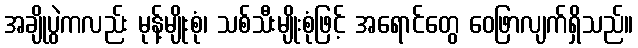
အချိုပွဲကလည်း မုန့်မျိုးစုံ၊ သစ်သီးမျိုးစုံဖြင့် အရောင်တွေ ဝေဖြာလျက်ရှိသည်။